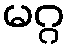
မဂ္ဂ